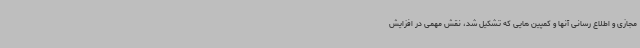
مجازی و اطلاع رسانی آنها و کمپین هایی که تشکیل شد، نقش مهمی در افزایش